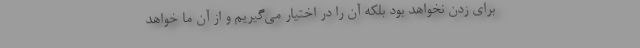
برای زدن نخواهد بود بلکه آن را در اختیار می‌گیریم و از آنِ ما خواهد